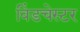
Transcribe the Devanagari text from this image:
विंडचेस्टर